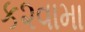
ક૨વામા